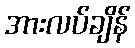
အားလပ်ချိန်